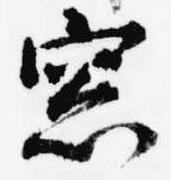
窓